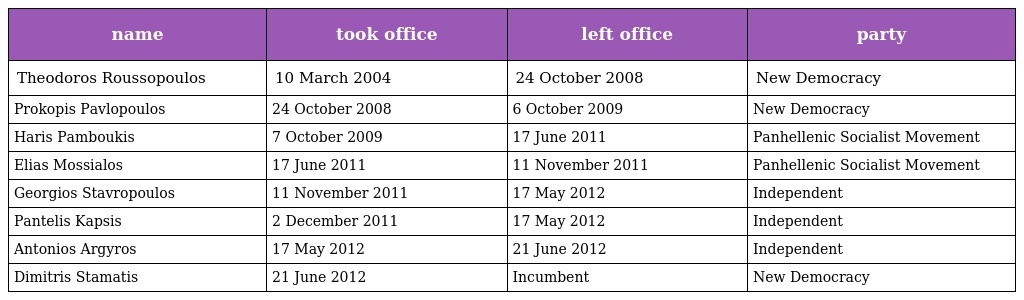
| name | took office | left office | party |
 | --- | --- | --- | --- |
 | Theodoros Roussopoulos | 10 March 2004 | 24 October 2008 | New Democracy |
 | Prokopis Pavlopoulos | 24 October 2008 | 6 October 2009 | New Democracy |
 | Haris Pamboukis | 7 October 2009 | 17 June 2011 | Panhellenic Socialist Movement |
 | Elias Mossialos | 17 June 2011 | 11 November 2011 | Panhellenic Socialist Movement |
 | Georgios Stavropoulos | 11 November 2011 | 17 May 2012 | Independent |
 | Pantelis Kapsis | 2 December 2011 | 17 May 2012 | Independent |
 | Antonios Argyros | 17 May 2012 | 21 June 2012 | Independent |
 | Dimitris Stamatis | 21 June 2012 | Incumbent | New Democracy |